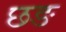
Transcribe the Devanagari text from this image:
छङ